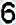
6